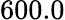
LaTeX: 600.0